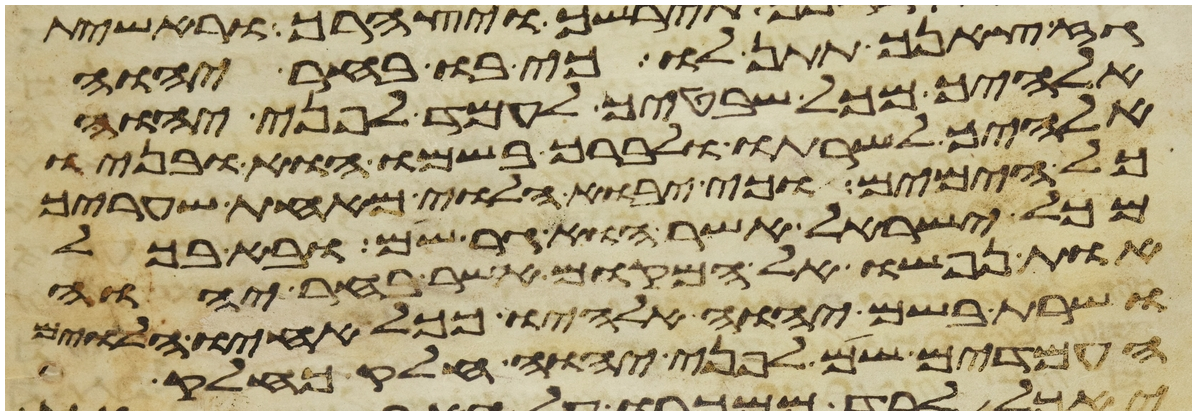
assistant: גז צאנך תתן לו כי בו בחר יהוה
אלהיך מכל שבטיך לעמד לפני יהוה
אלהיך לשרתו ולברך בשמו הוא ובניו
כל הימים וכי יבוא הלוי מאחת שעריך
מכל ישראל אשר הוא גר שם ובא בכל
אות נפשו אל המקום אשר בחר יהוה
ושרת בשם יהוה אלהיו ככל אחיו הלוים
העמדים שם לפני יהוה חלק כחלק